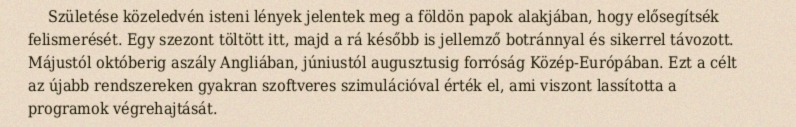
Születése közeledvén isteni lények jelentek meg a földön papok alakjában, hogy elősegítsék felismerését. Egy szezont töltött itt, majd a rá később is jellemző botránnyal és sikerrel távozott. Májustól októberig aszály Angliában, júniustól augusztusig forróság Közép-Európában. Ezt a célt az újabb rendszereken gyakran szoftveres szimulációval érték el, ami viszont lassította a programok végrehajtását.